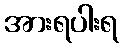
အားရပါးရ